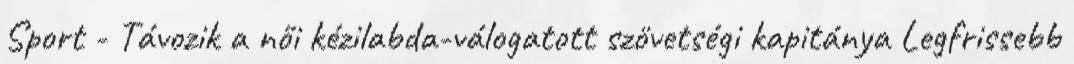
Sport - Távozik a női kézilabda-válogatott szövetségi kapitánya Legfrissebb